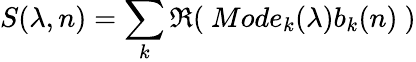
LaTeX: S(\lambda,n)=\sum_{k}\Re(~Mode_{k}(\lambda)b_{k}(n)~)